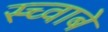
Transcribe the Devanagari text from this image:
स्च्वाबे